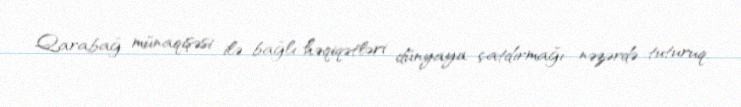
Qarabağ münaqişəsi ilə bağlı həqiqətləri dünyaya çatdırmağı nəzərdə tuturuq.